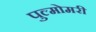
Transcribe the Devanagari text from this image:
पुल्मोमरी